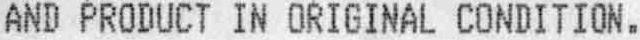
AND PRODUCT IN ORIGINAL CONDITION.